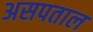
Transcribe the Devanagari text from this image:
असपताल